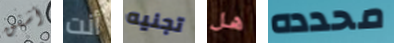
أشفق أنت تجنيه هل محدده